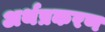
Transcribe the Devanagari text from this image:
अर्थप्रकरण